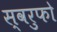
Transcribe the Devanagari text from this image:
स्वरुफो